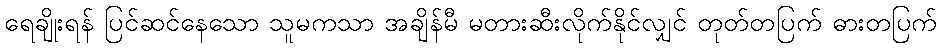
ရေချိုးရန် ပြင်ဆင်နေသော သူမကသာ အချိန်မီ မတားဆီးလိုက်နိုင်လျှင် တုတ်တပြက် ဓားတပြက်